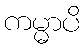
ကမ္မာပိ